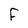
Character: F